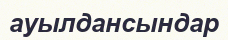
ауылдансындар